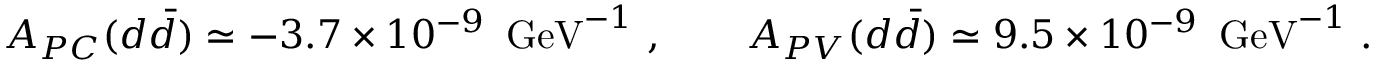
A _ { P C } ( d \bar { d } ) \simeq - 3 . 7 \times 1 0 ^ { - 9 } \enspace \mathrm { G e V } ^ { - 1 } ~ , \qquad A _ { P V } ( d \bar { d } ) \simeq 9 . 5 \times 1 0 ^ { - 9 } \enspace \mathrm { G e V } ^ { - 1 } ~ .